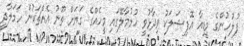
ފުލުހުންގެ މީޑިއާ އޮފިޝަލަކު ވިދާޅުވީ ހުޅުމާލޭގައި މީހެއްގެ ގަޔަށް ތޫނު އެއްޗަކުން ހަމަލާދީ